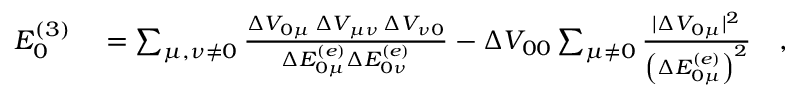
\begin{array} { r l } { E _ { 0 } ^ { ( 3 ) } } & { { } = \sum _ { \mu , \nu \neq 0 } \frac { \Delta V _ { 0 \mu } \, \Delta V _ { \mu \nu } \, \Delta V _ { \nu 0 } } { \Delta E _ { 0 \mu } ^ { ( e ) } \Delta E _ { 0 \nu } ^ { ( e ) } } - \Delta V _ { 0 0 } \sum _ { \mu \neq 0 } \frac { \vert \Delta V _ { 0 \mu } \vert ^ { 2 } } { \left( \Delta E _ { 0 \mu } ^ { ( e ) } \right) ^ { 2 } } \quad , } \end{array}